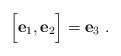
LaTeX: \begin{align*}\Bigl [{\bf e}_1, {\bf e}_2 \Bigr ]= {\bf e}_3\ .\end{align*}